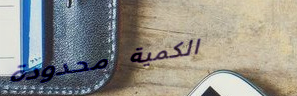
الكمية محدودة